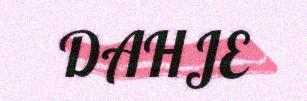
DAHJE